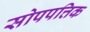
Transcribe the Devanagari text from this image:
सोपपत्तिक